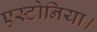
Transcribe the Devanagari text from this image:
एस्टोनिया।